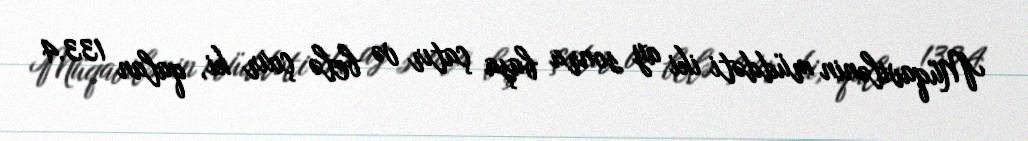
Müqavilənin müddəti iki ay sonra başa çatır və belə çıxır ki, qalan 133.4